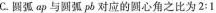
C.圆弧ap与圆弧pb对应的圆心角之比为2:1